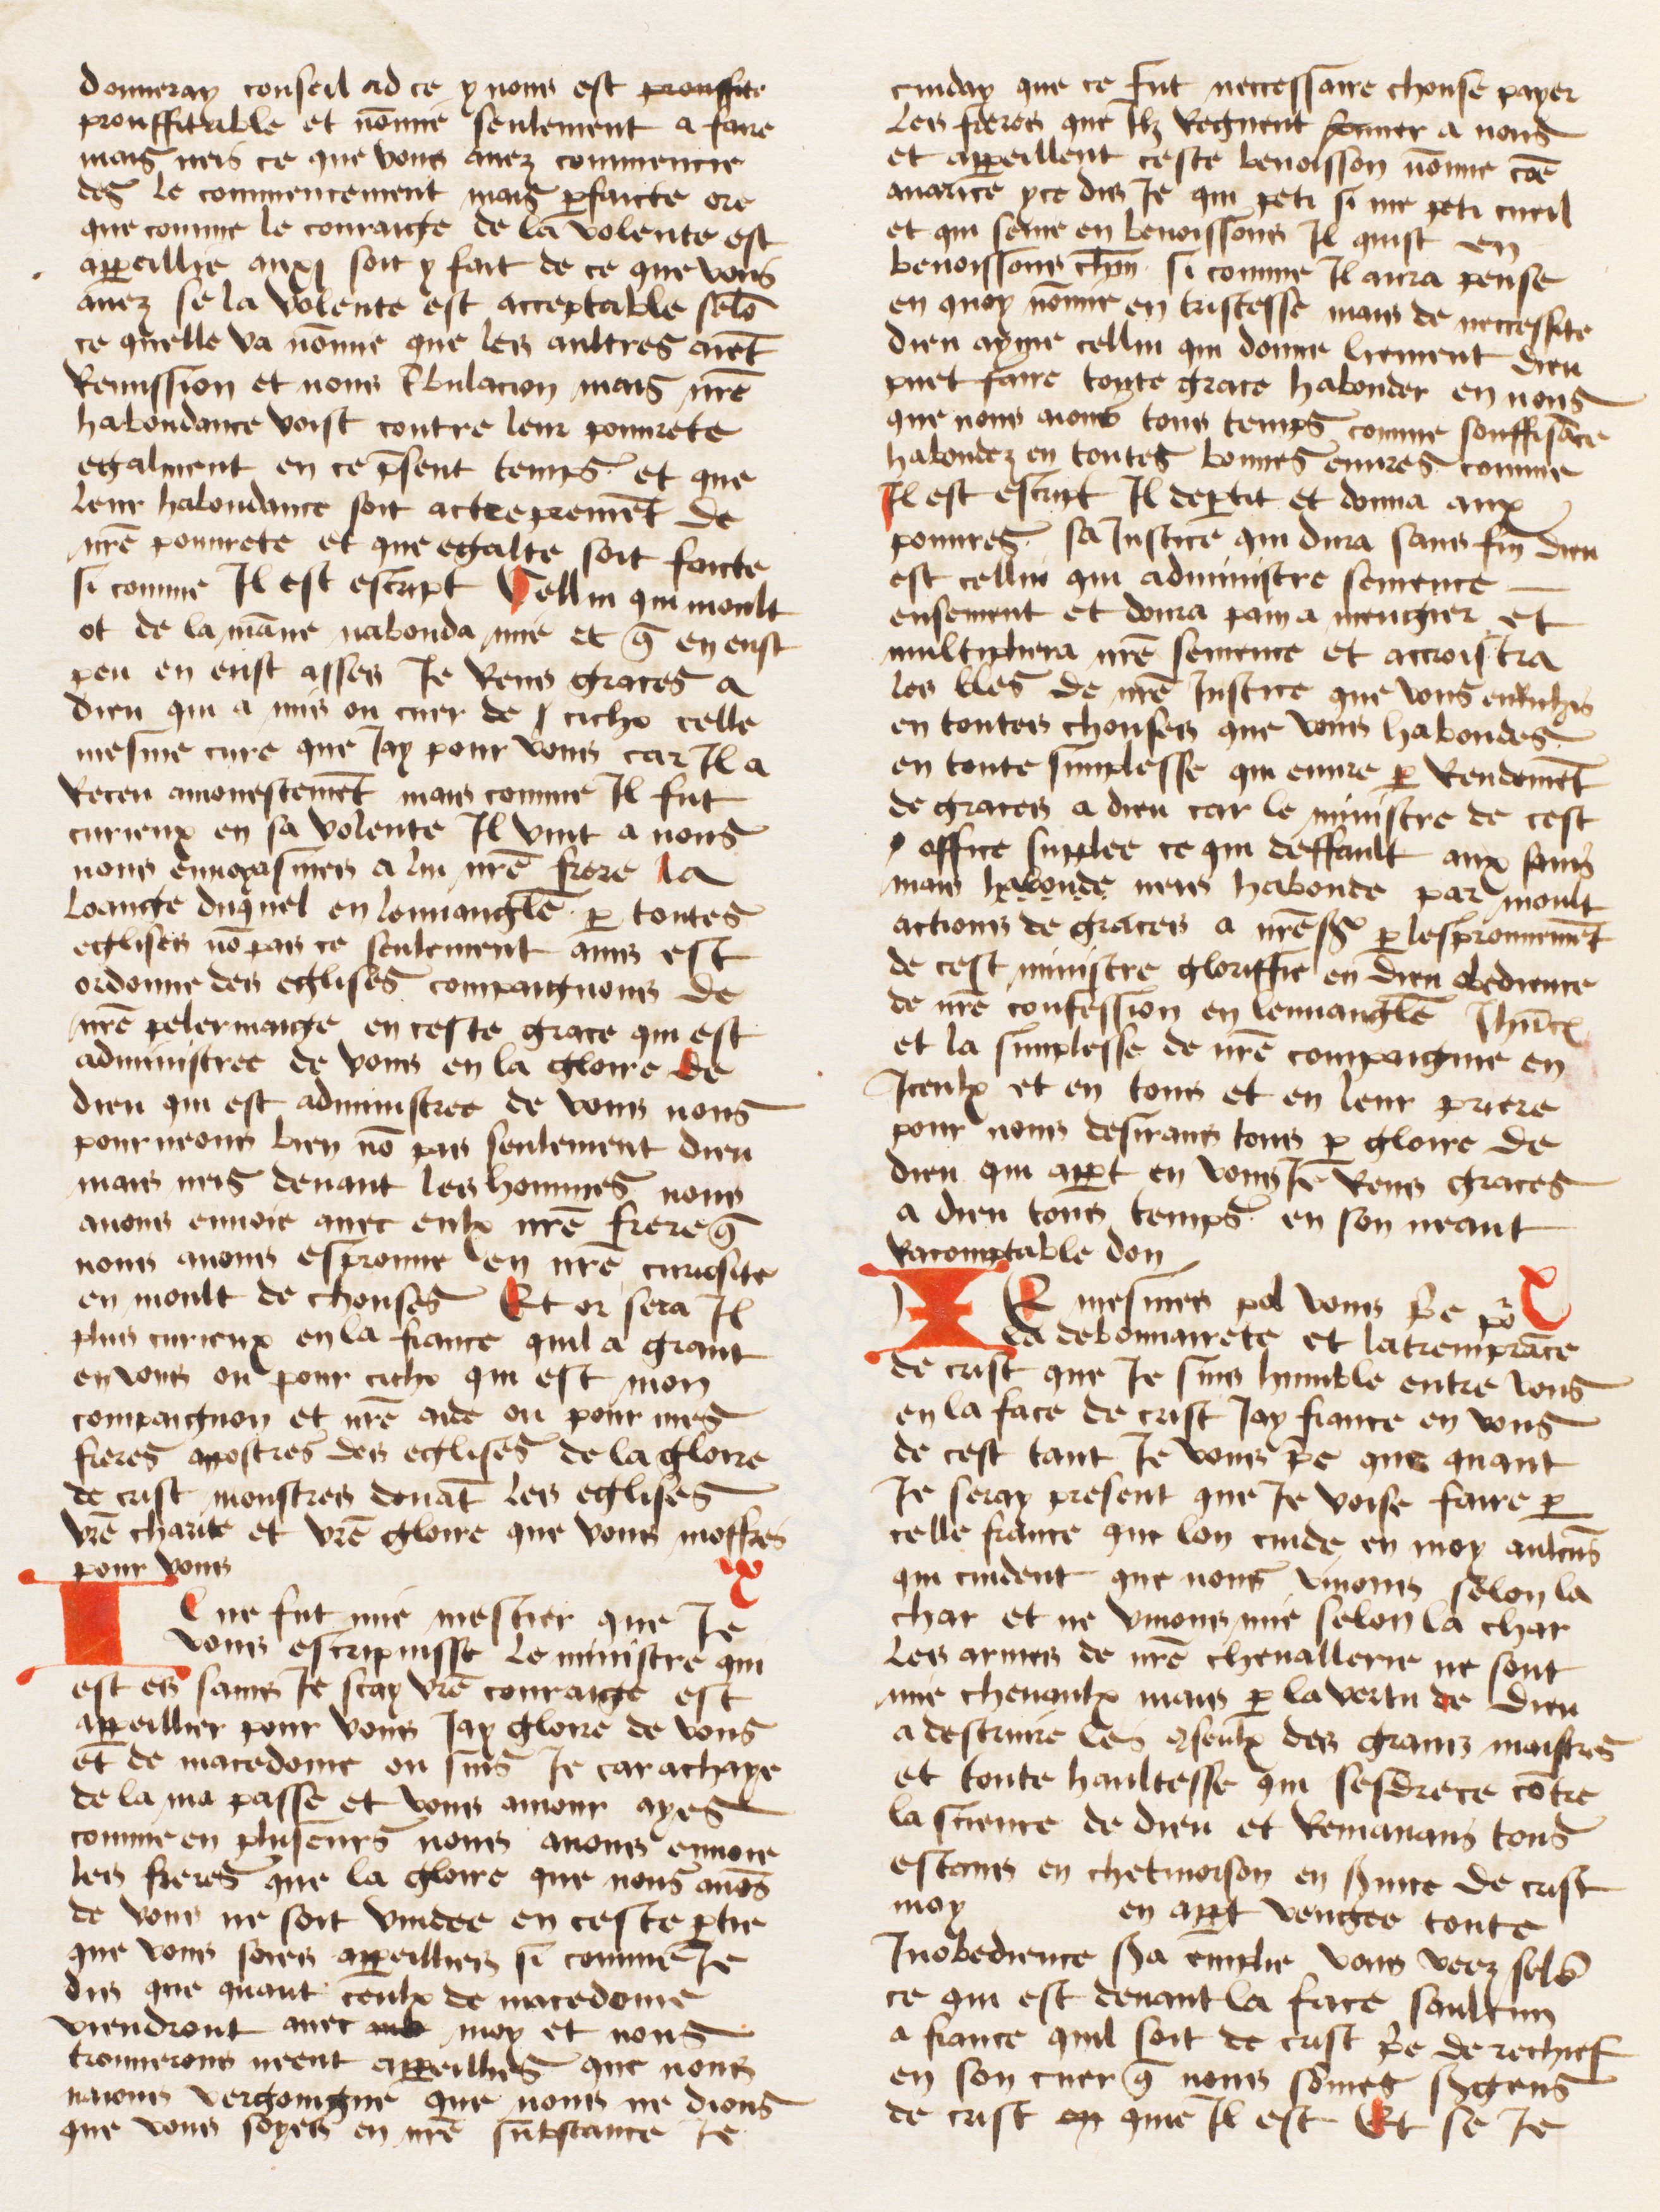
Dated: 1474–1474